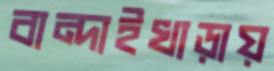
বান্দাইখাড়ায়